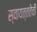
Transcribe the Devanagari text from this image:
स्वायत्ततेची